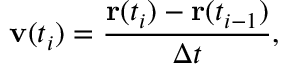
\mathbf { v } ( t _ { i } ) = \frac { \mathbf { r } ( t _ { i } ) - \mathbf { r } ( t _ { i - 1 } ) } { \Delta t } ,